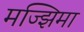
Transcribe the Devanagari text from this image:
मज्झिमा